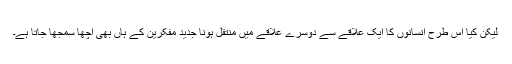
لیکن کیا اس طرح انسانوں کا ایک علاقے سے دوسرے علاقے میں منتقل ہونا جدید مفکرین کے ہاں بھی اچھا سمجھا جاتا ہے۔